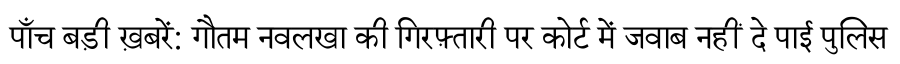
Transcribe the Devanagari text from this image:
पाँच बड़ी ख़बरें: गौतम नवलखा की गिरफ़्तारी पर कोर्ट में जवाब नहीं दे पाई पुलिस